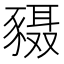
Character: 𬥄